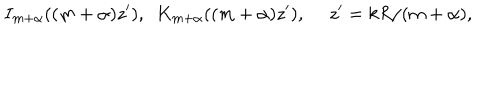
I _ { m + \alpha } ( ( m + \alpha ) z ^ { \prime } ) , \ \ K _ { m + \alpha } ( ( m + \alpha ) z ^ { \prime } ) , \ z ^ { \prime } = k R / ( m + \alpha ) ,